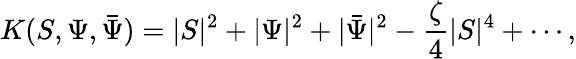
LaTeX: K(S,\Psi,\bar{\Psi})=|S|^{2}+|\Psi|^{2}+|\bar{\Psi}|^{2}-\frac{\zeta}{4}|S|^{4}+\cdots,